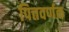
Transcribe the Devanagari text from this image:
पित्तवर्णक